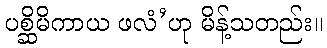
ပစ္ဆိမိကာယ ဖလံ’ဟု မိန့်သတည်း။